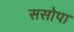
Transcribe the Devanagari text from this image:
ससोपा